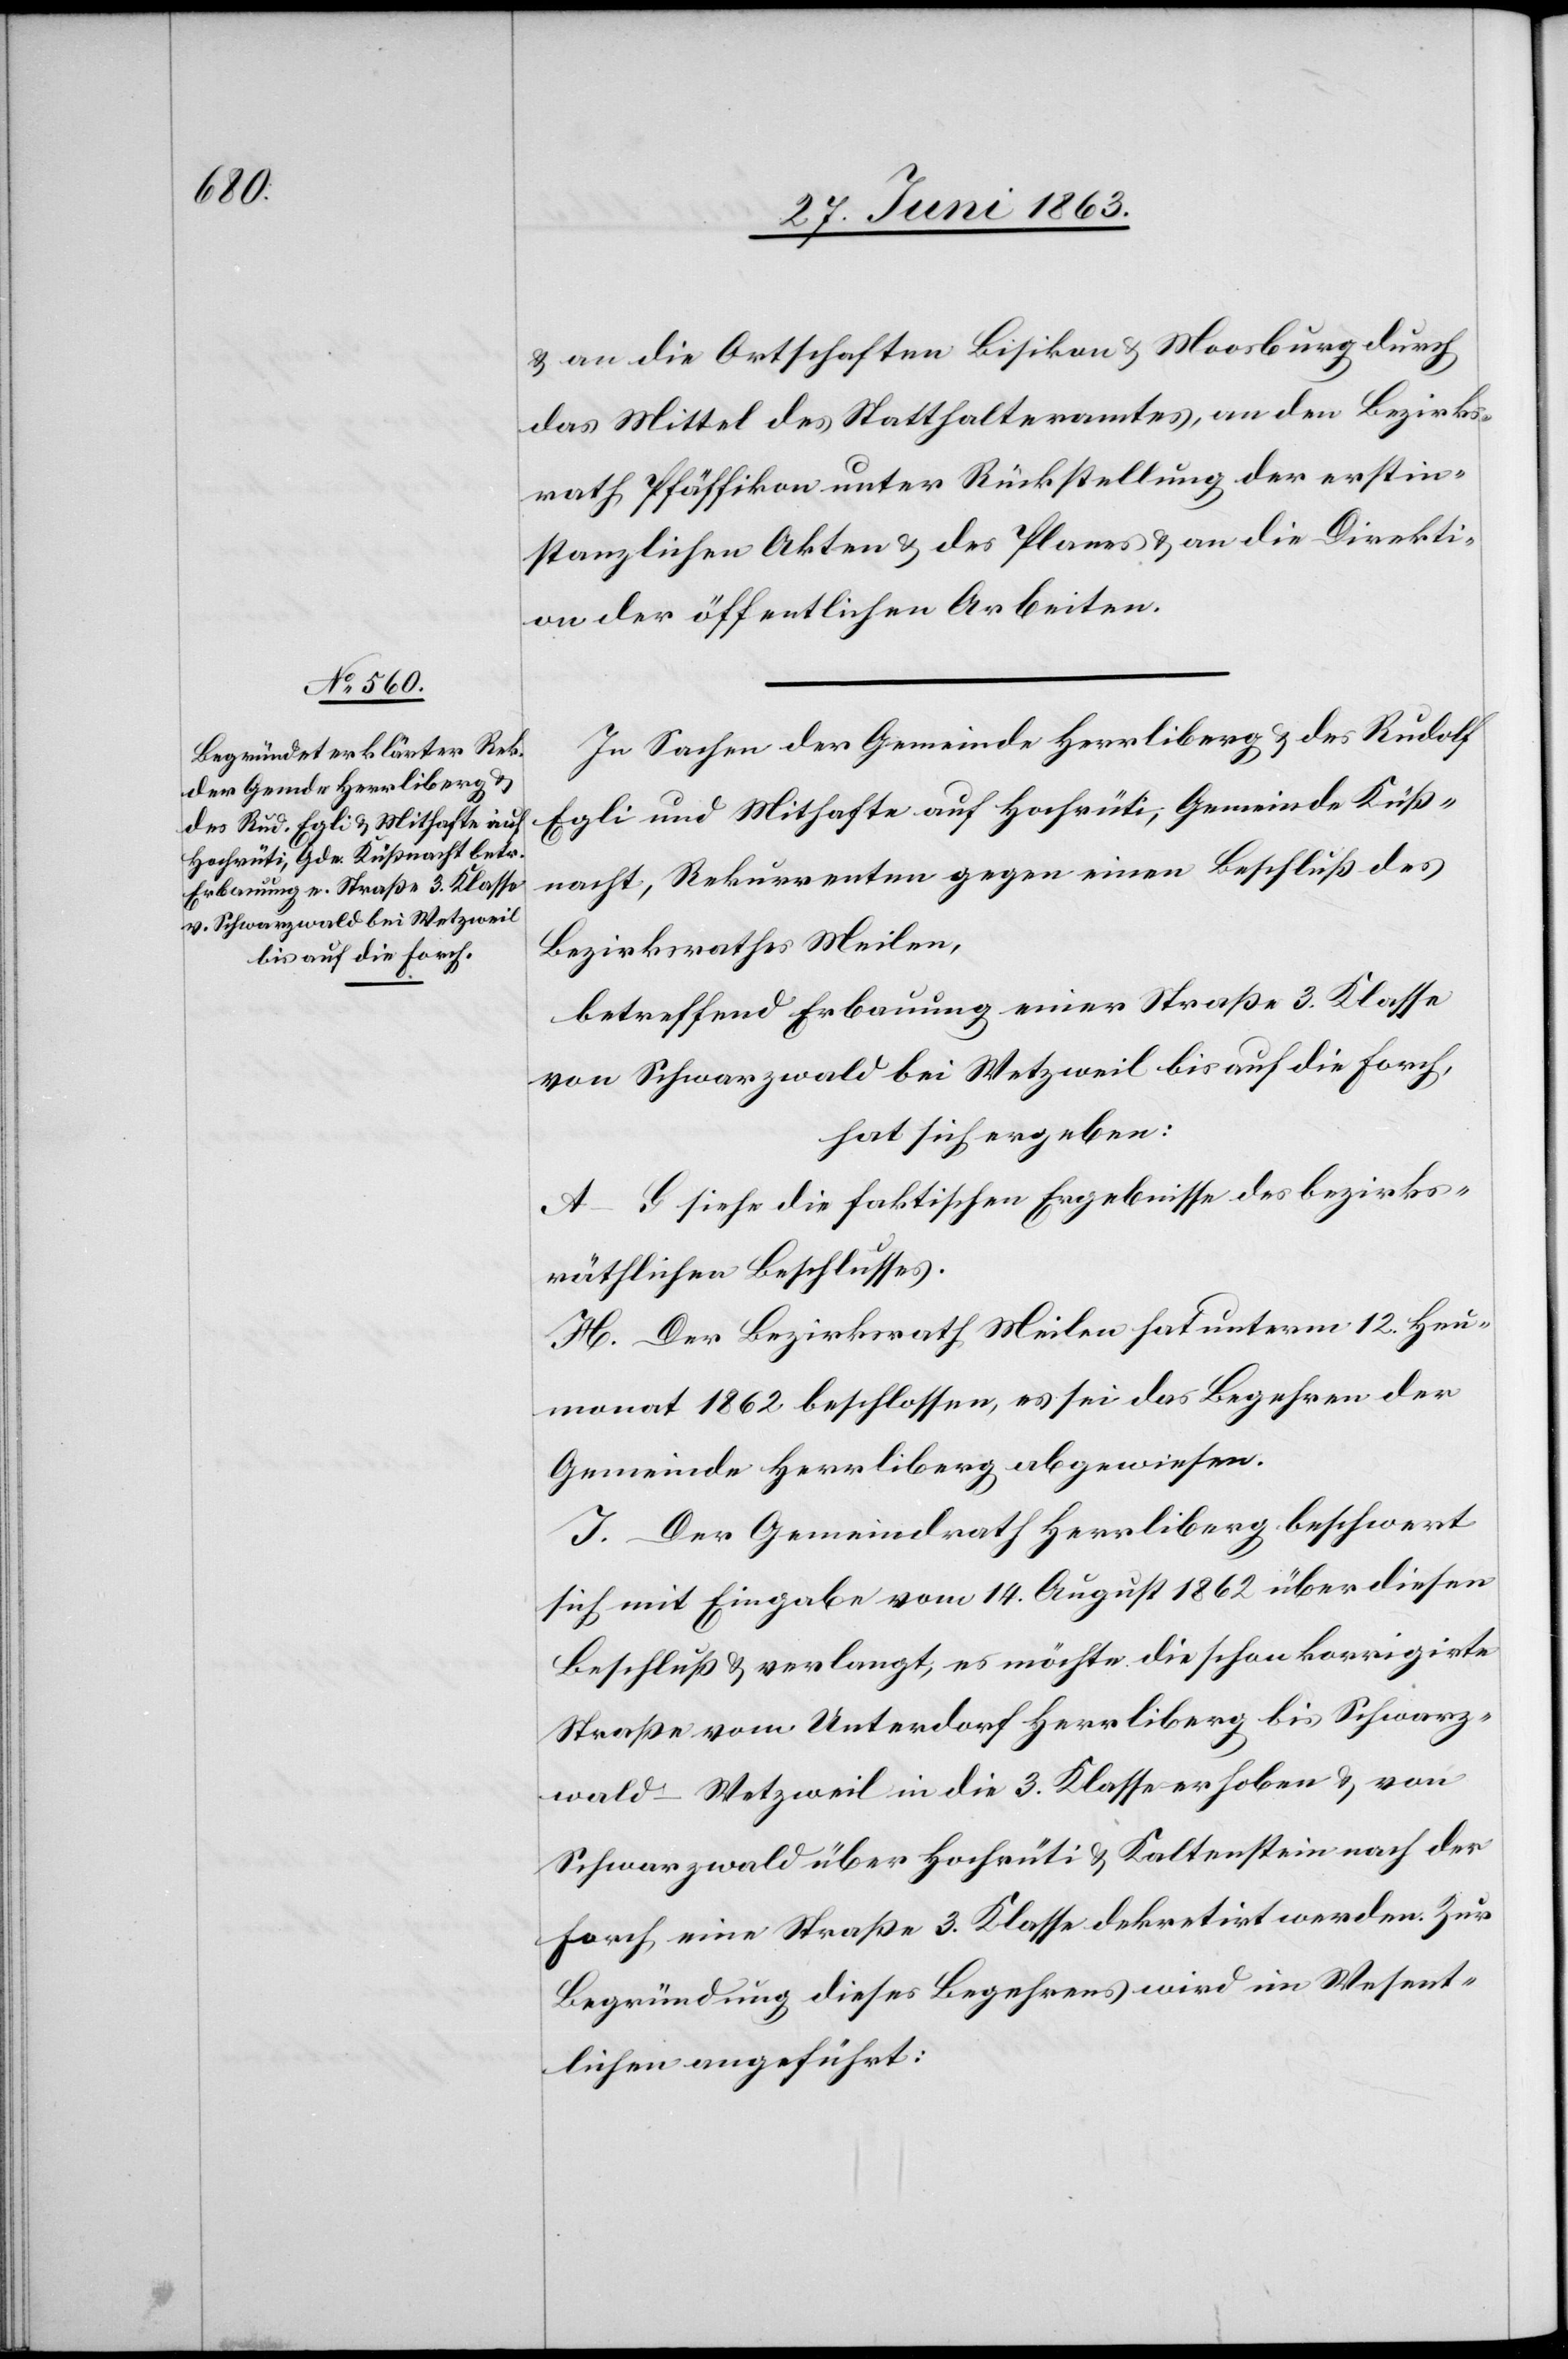
& an die Ortschaften Bisikon & Moosburg durch
das Mittel des Statthalteramtes, an den Bezirks¬
rath Pfäffikon unter Rückstellung der erstin¬
stanzlichen Akten & des Planes & an die Direkti¬
on der öffentlichen Arbeiten.
In Sachen der Gemeinde Herrliberg & des Rudolf
Egli und Mithafte auf Hochrüti, Gemeinde Küß¬
nacht, Rekurrenten gegen einen Beschluß des
Bezirksrathes Meilen,
betreffend Erbauung einer Straße 3. Klasse
von Schwarzwald bei Wetzweil bis auf die Forch,
hat sich ergeben:
A–G siehe die faktischen Ergebnisse des bezirks¬
räthlichen Beschlusses.
H. Der Bezirksrath Meilen hat unterm 12. Heu¬
monat 1862 beschlossen, es sei das Begehren der
Gemeinde Herrliberg abgewiesen.
I. Der Gemeindrath Herrliberg beschwert
sich mit Eingabe vom 14. August 1862 über diesen
Beschluß & verlangt, es möchte die schon korrigirte
Straße vom Unterdorf Herrliberg bis Schwarz¬
wald–Wetzweil in die 3. Klasse erhoben & von
Schwarzwald über Hochrüti & Kaltenstein nach der
Forch eine Straße 3. Klasse dekretirt werden. Zur
Begründung dieses Begehrens wird im Wesent¬
lichen angeführt: